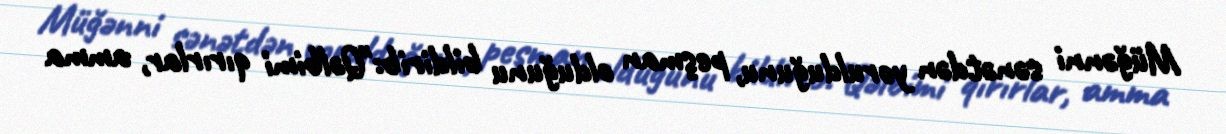
Müğənni sənətdən yorulduğunu, peşman olduğunu bildirib:"Qəlbimi qırırlar, amma